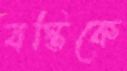
বস্তিকে